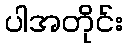
ပါအတိုင်း